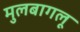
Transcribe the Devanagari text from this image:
मुलबागलू